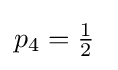
p_{4}=\textstyle {\frac {1}{2}}\